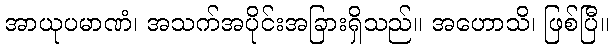
အာယုပမာဏံ၊ အသက်အပိုင်းအခြားရှိသည်။ အဟောသိ၊ ဖြစ်ပြီ။